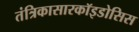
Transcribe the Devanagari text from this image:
तंत्रिकासारकॉइडोसिस